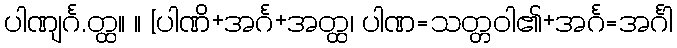
ပါဏျင်္ဂ.တ္ထ။ ။ [ပါဏိ+အင်္ဂ+အတ္ထ၊ ပါဏ=သတ္တဝါ၏+အင်္ဂ=အင်္ဂါ